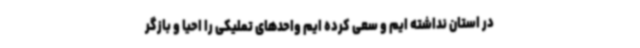
در استان نداشته ایم و سعی کرده ایم واحدهای تملیکی را احیا و بازگر